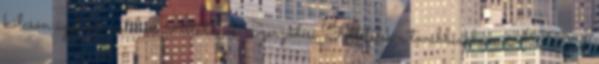
kölcsön ügyletek esetében Általános Szerződési Feltételek a továbbiakban: ÁSZF